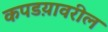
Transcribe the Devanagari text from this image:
कपडय़ावरील